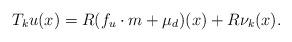
LaTeX: \begin{align*} T_ku(x)=R(f_u\cdot m+\mu_d)(x) +R\nu_k(x).\end{align*}